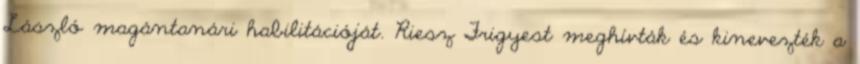
László magántanári habilitációját. Riesz Frigyest meghívták és kinevezték a